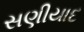
સણીયાદ